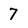
Character: 7